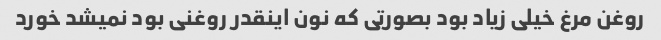
روغن مرغ خیلی زیاد بود بصورتی که نون اینقدر روغنی بود نمیشد خورد